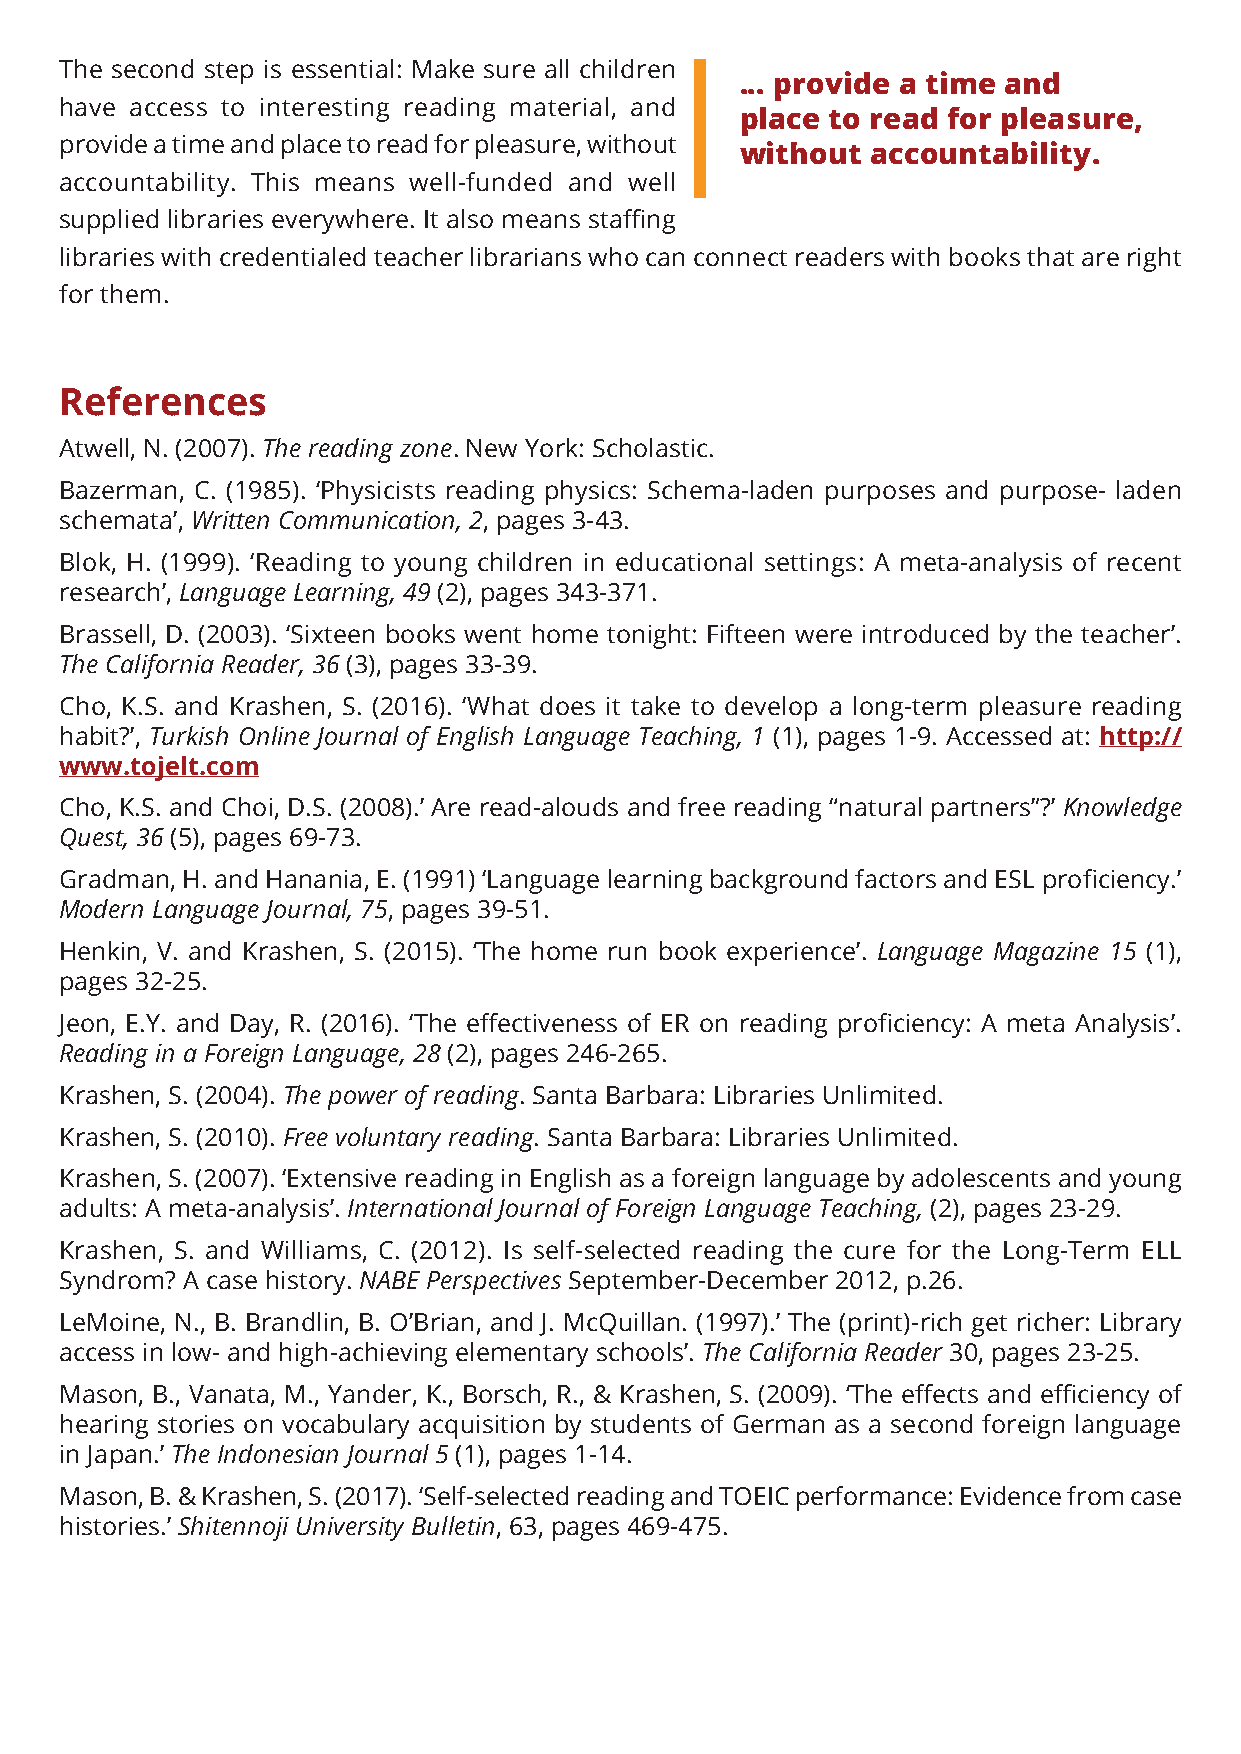
The second step is essential: Make sure all children
 ... provide a time and
 have access to interesting reading material, and
 place to read for pleasure,
 provide a time and place to read for pleasure, without
 without  accountability.
 accountability. This means well-funded and well
 supplied libraries everywhere. It also means staffing
 libraries with credentialed teacher librarians who can connect readers with books that are right
 for them.
 References
 Atwell, N. (2007). The reading zone. New York: Scholastic.
 Bazerman, C. (1985). ‘Physicists reading physics: Schema-laden purposes and purpose- laden
 schemata’, Written Communication, 2, pages 3-43.
 Blok, H. (1999). ‘Reading to young children in educational settings: A meta-analysis of recent
 research’, Language Learning, 49 (2), pages 343-371.
 Brassell, D. (2003). ‘Sixteen books went home tonight: Fifteen were introduced by the teacher’.
 The California Reader, 36 (3), pages 33-39.
 Cho, K.S. and Krashen, S. (2016). ‘What does it take to develop a long-term pleasure reading
 habit?’, Turkish Online Journal of English Language Teaching, 1 (1), pages 1-9. Accessed at: http://
 www.tojelt.com
 Cho, K.S. and Choi, D.S. (2008).’ Are read-alouds and free reading “natural partners”?’ Knowledge
 Quest, 36 (5), pages 69-73.
 Gradman, H. and Hanania, E. (1991) ‘Language learning background factors and ESL proficiency.’
 Modern Language Journal, 75, pages 39-51.
 Henkin, V. and Krashen, S. (2015). ‘The home run book experience’. Language Magazine 15 (1),
 pages 32-25.
 Jeon, E.Y. and Day, R. (2016). ‘The effectiveness of ER on reading proficiency: A meta Analysis’.
 Reading in a Foreign Language, 28 (2), pages 246-265.
 Krashen, S. (2004). The power of reading. Santa Barbara: Libraries Unlimited.
 Krashen, S. (2010). Free voluntary reading. Santa Barbara: Libraries Unlimited.
 Krashen, S. (2007). ‘Extensive reading in English as a foreign language by adolescents and young
 adults: A meta-analysis’. International Journal of Foreign Language Teaching, (2), pages 23-29.
 Krashen, S. and Williams, C. (2012). Is self-selected reading the cure for the Long-Term ELL
 Syndrom? A case history. NABE Perspectives September-December 2012, p.26.
 LeMoine, N., B. Brandlin, B. O’Brian, and J. McQuillan. (1997).’ The (print)-rich get richer: Library
 access in low- and high-achieving elementary schools’. The California Reader 30, pages 23-25.
 Mason, B., Vanata, M., Yander, K., Borsch, R., & Krashen, S. (2009). ‘The effects and efficiency of
 hearing stories on vocabulary acquisition by students of German as a second foreign language
 in Japan.’ The Indonesian Journal 5 (1), pages 1-14.
 Mason, B. & Krashen, S. (2017). ‘Self-selected reading and TOEIC performance: Evidence from case
 histories.’ Shitennoji University Bulletin, 63, pages 469-475.